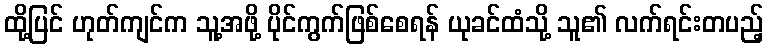
ထို့ပြင် ဟုတ်ကျင်က သူ့အဖို့ ပိုင်ကွက်ဖြစ်စေရန် ယုခင်ထံသို့ သူ၏ လက်ရင်းတပည့်